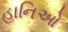
હાનિઓ